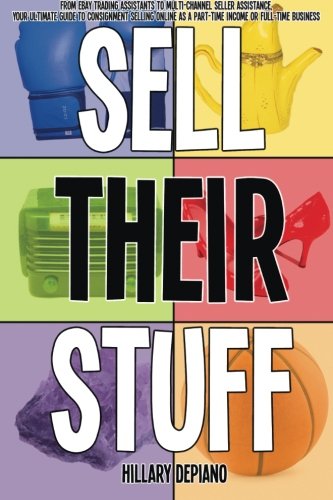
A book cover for Sell Their Stuff: from eBay Trading Assistants to multi-channel seller assistance, your ultimate guide to consignment selling online as a part-time income or full-time business; Hillary DePiano; Computers & Technology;